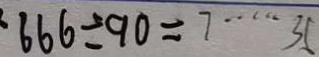
6 6 6 \div 9 0 = 7 \cdots 3 5